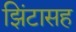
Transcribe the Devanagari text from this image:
झिंटासह